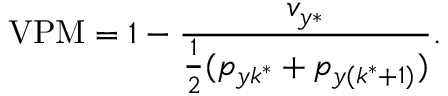
\operatorname { V P M } = 1 - \frac { v _ { y \ast } } { \frac { 1 } { 2 } ( p _ { y k ^ { \ast } } + p _ { y ( k ^ { \ast } + 1 ) } ) } .